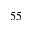
^ { 5 5 }